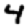
Digit: 4